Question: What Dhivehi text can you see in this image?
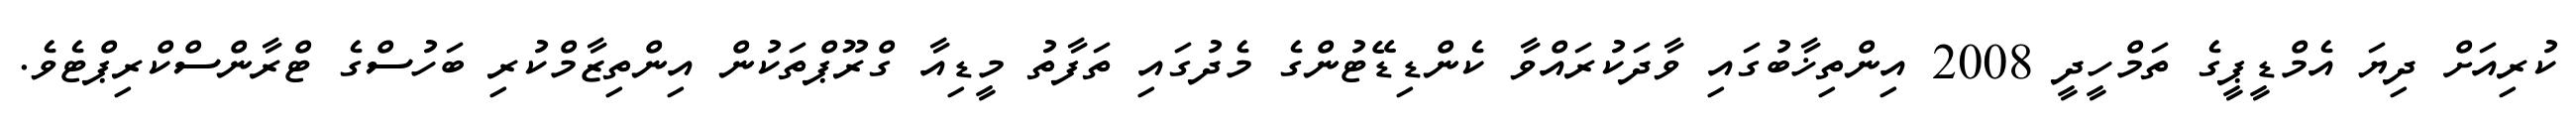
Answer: ކުރިއަށް ދިޔަ އެމްޑީޕީގެ ތަމްހީދީ 2008 އިންތިޚާބުގައި ވާދަކުރައްވާ ކެންޑިޑޭޓުންގެ މެދުގައި ތަފާތު މީޑިއާ ގްރޫޕްތަކުން އިންތިޒާމްކުރި ބަހުސްގެ ޓްރާންސްކްރިޕްޓެވެ.